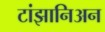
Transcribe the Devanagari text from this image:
टांझानिअन